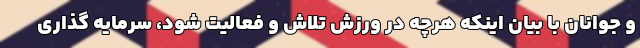
و جوانان با بیان اینکه هرچه در ورزش تلاش و فعالیت شود، سرمایه گذاری